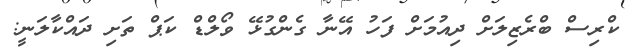
ކްރިސް ބްރެޒިލަށް ދިއުމަށް ފަހު އޭނާ ގެންގުޅޭ ވޯލްޑް ކަޕް ތަށި ދައްކާލަނީ: